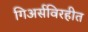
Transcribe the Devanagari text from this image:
गिअर्सविरहीत